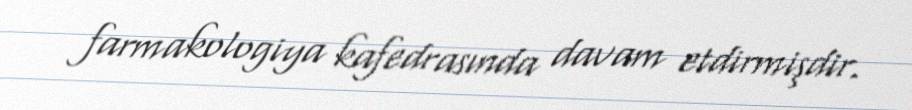
farmakologiya kafedrasında davam etdirmişdir.